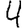
Digit: 4